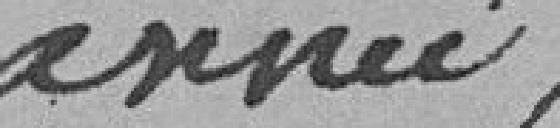
année,